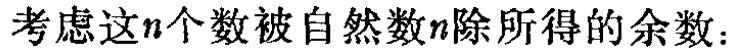
考虑这\(n\)个数被自然数\(n\)除所得的余数：